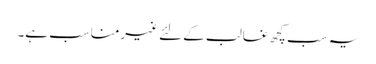
یہ سب کچھ غالب کے لئے غیرمناسب ہے۔